Annual administration report of the Civil Veterinary Department of India - 1910-1911
Year: 1910
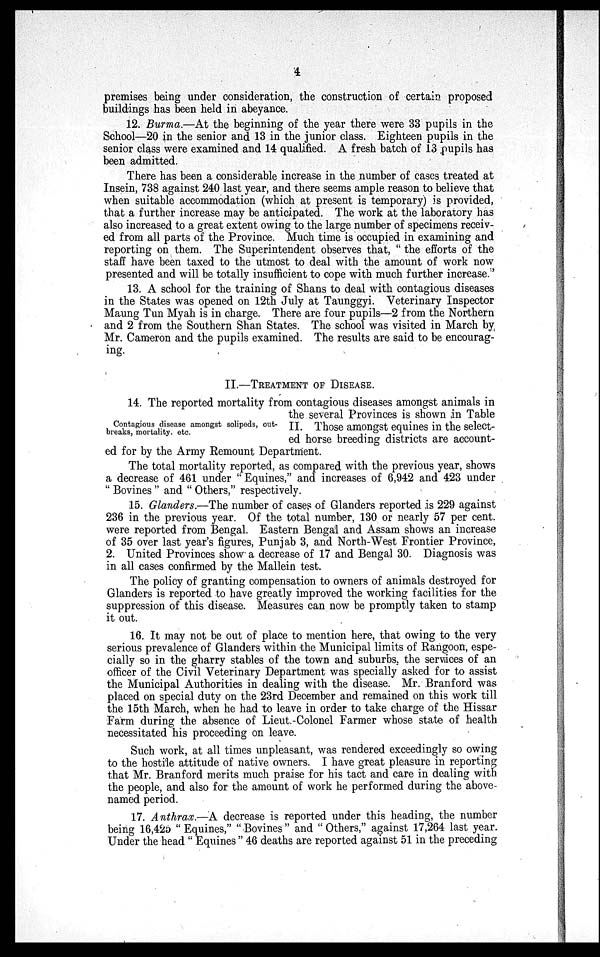
4
premises being under consideration, the construction of certain proposed
buildings has been held in abeyance.
12. Burma.—At the beginning of the year there were 33 pupils in the
School—20 in the senior and 13 in the junior class. Eighteen pupils in the
senior class were examined and 14 qualified. A fresh batch of 13 pupils has
been admitted.
There has been a considerable increase in the number of cases treated at
Insein, 738 against 240 last year, and there seems ample reason to believe that
when suitable accommodation (which at present is temporary) is provided,
that a further increase may be anticipated. The work at the laboratory has
also increased to a great extent owing to the large number of specimens receiv-
ed from all parts of the Province. Much time is occupied in examining and
reporting on them. The Superintendent observes that, "the efforts of the
staff have been taxed to the utmost to deal with the amount of work now
presented and will be totally insufficient to cope with much further increase. ''
13. A school for the training of Shans to deal with contagious diseases
in the States was opened on 12th July at Taunggyi. Veterinary Inspector
Maung Tun Myah is in charge. There are four pupils—2 from the Northern
and 2 from the Southern Shan States. The school was visited in March by
Mr. Cameron and the pupils examined. The results are said to be encourag-
ing.
II.—TREATMENT OF DISEASE.
Contagious disease amongst solipeds, out-
breaks, mortality. etc.
14. The reported mortality from contagious diseases amongst animals in
the several Provinces is shown in Table
II. Those amongst equines in the select-
ed horse breeding districts are account-
ed for by the Army Remount Department.
The total mortality reported, as compared with the previous year, shows
a decrease of 461 under " Equines," and increases of 6,942 and 423 under
" Bovines " and " Others," respectively.
15. Glanders.—The number of cases of Glanders reported is 229 against
236 in the previous year. Of the total number, 130 or nearly 57 per cent.
were reported from Bengal. Eastern Bengal and Assam shows an increase
of 35 over last year's figures, Punjab 3, and North-West Frontier Province,
2. United Provinces show a decrease of 17 and Bengal 30. Diagnosis was
in all cases confirmed by the Mallein test.
The policy of granting compensation to owners of animals destroyed for
Glanders is reported to have greatly improved the working facilities for the
suppression of this disease. Measures can now be promptly taken to stamp
it out.
16. It may not be out of place to mention here, that owing to the very
serious prevalence of Glanders within the Municipal limits of Rangoon, espe-
cially so in the gharry stables of the town and suburbs, the services of an
officer of the Civil Veterinary Department was specially asked for to assist
the Municipal Authorities in dealing with the disease. Mr. Branford was
placed on special duty on the 23rd December and remained on this work till
the 15th March, when he had to leave in order to take charge of the Hissar
Farm during the absence of Lieut.-Colonel Farmer whose state of health
necessitated his proceeding on leave.
Such work, at all times unpleasant, was rendered exceedingly so owing
to the hostile attitude of native owners. I have great pleasure in reporting
that Mr. Branford merits much praise for his tact and care in dealing with
the people, and also for the amount of work he performed during the above-
named period.
17. Anthrax.—A decrease is reported under this heading, the number
being 16,425 " Equines," " Bovines " and " Others," against 17,264 last year.
Under the head " Equines " 46 deaths are reported against 51 in the preceding